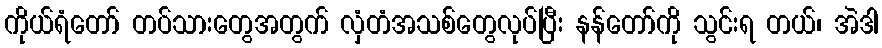
ကိုယ်ရံတော် တပ်သားတွေအတွက် လှံတံအသစ်တွေလုပ်ပြီး နန်တော်ကို သွင်းရ တယ်၊ အဲဒါ